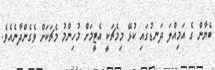
ބެޔާން ގެ އަމިއްލަ ދަނޑުގައި ކުޅޭ މިމެޗަކީ އެޓީމަށް މުހިންމު މެޗަކަށް ވެގެންދާނެއެވެ.